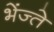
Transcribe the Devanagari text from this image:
भेंज्ते